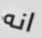
انه